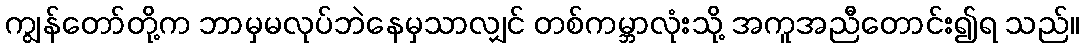
ကျွန်တော်တို့က ဘာမှမလုပ်ဘဲနေမှသာလျှင် တစ်ကမ္ဘာလုံးသို့ အကူအညီတောင်း၍ရ သည်။